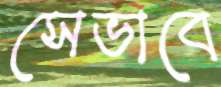
সেভাবে